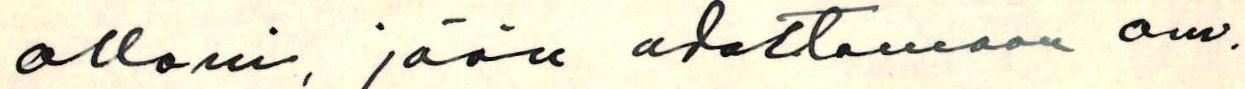
allani, jään odottamaan om.